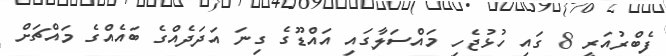
ފެބްރުއަރީ 8 ގައި ހުޅުޖެހި މައްސަލާގައި އައްޑޫގެ ގިނަ އަދަދެއްގެ ބައެއްގެ މައްޗަށް